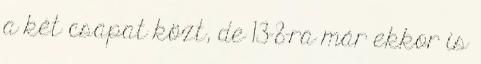
a két csapat közt, de 13-8-ra már ekkor is